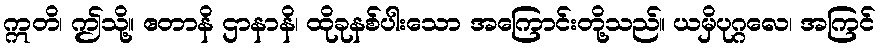
ဣတိ၊ ဤသို့။ ဧတာနိ ဌာနာနိ၊ ထိုခုနစ်ပါးသော အကြောင်းတို့သည်။ ယမှိပုဂ္ဂလေ၊ အကြင်